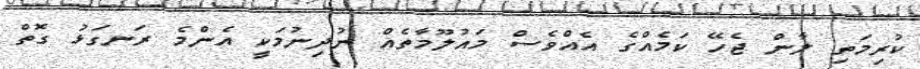
ކުރިމަތި ލާން ޖެހޭ ކަމެއްގެ އެއްވެސް މައުލޫމާތެއް ނުދިނުމަކީ އެންމެ ރަނގަޅު ގޮތް